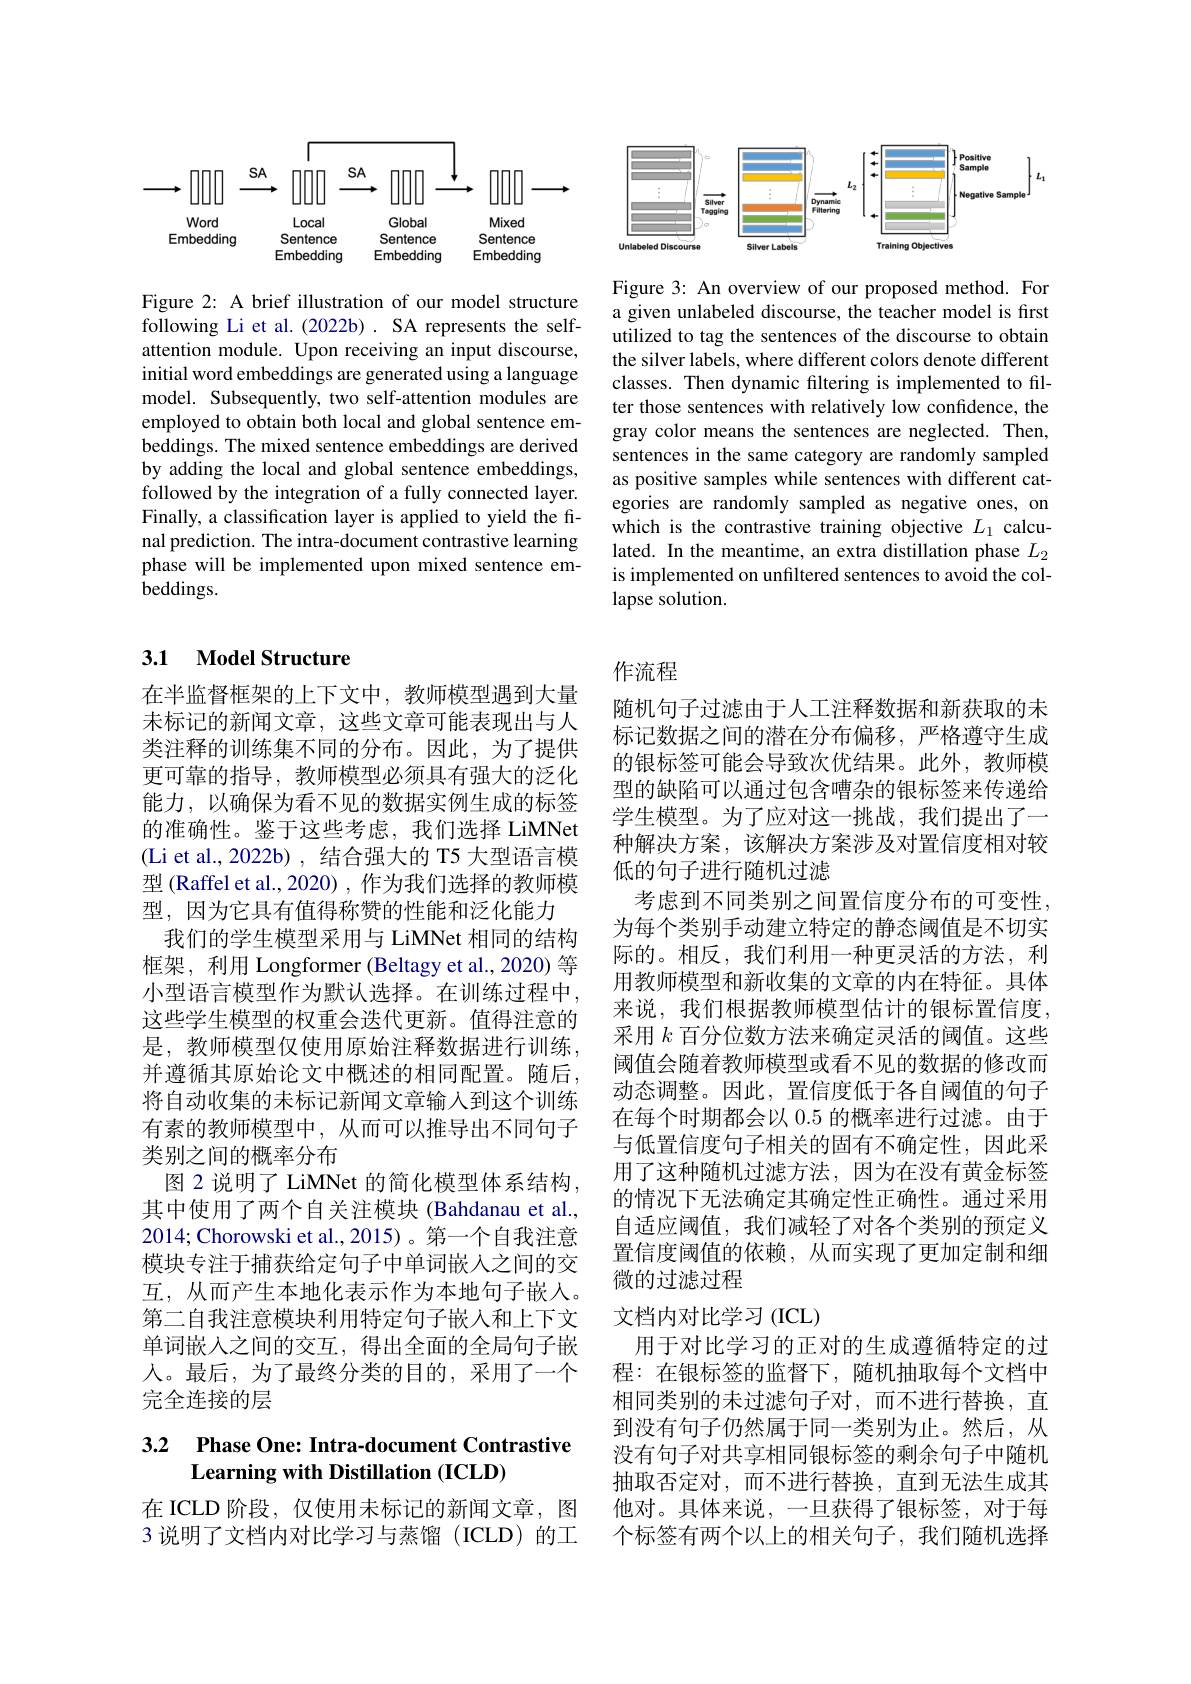
<FigureHere>

Figure 3: An overview of our proposed method. For a given unlabeled discourse, the teacher model is first utilized to tag the sentences of the discourse to obtain the silver labels, where different colors denote different classes. Then dynamic filtering is implemented to filter those sentences with relatively low confidence, the gray color means the sentences are neglected. Then, sentences in the same category are randomly sampled as positive samples while sentences with different categories are randomly sampled as negative ones, on which is the contrastive training objective $L_1$ calculated. In the meantime, an extra distillation phase $L_2$ is implemented on unfiltered sentences to avoid the collapse solution

<FigureHere>

Figure 2: A brief illustration of our model structure following Li et al.(2022b). SA represents the selfattention module. Upon receiving an input discourse, initial word embeddings are generated using a language model. Subsequently, two self-attention modules are employed to obtain both local and global sentence embeddings. The mixed sentence embeddings are derived by adding the local and global sentence embeddings, followed by the integration of a fully connected layer. Finally, a classification layer is applied to yield the final prediction. The intra-document contrastive learning phase will be implemented upon mixed sentence em- ${\hat{b}}$eddings.

### 3.1 Model Structure

在半监督框架的上下文中，教师模型遇到大量未标记的新闻文章，这些文章可能表现出与人类注释的训练集不同的分布。因此，为了提供更可靠的指导，教师模型必须具有强大的泛化能力，以确保为看不见的数据实例生成的标签的准确性。鉴于这些考虑，我们选择 LiMNet (Li et al.,2022b) , 结合强大的 T5 大型语言模型 (Raffel et al., 2020) , 作为我们选择的教师模型，因为它具有值得称赞的性能和泛化能力
我们的学生模型采用与 LiMNet 相同的结构框架，利用 Longformer (Beltagy et al.,2020) 等小型语言模型作为默认选择。在训练过程中， 这些学生模型的权重会迭代更新。值得注意的是，教师模型仅使用原始注释数据进行训练， 并遵循其原始论文中概述的相同配置。随后， 将自动收集的未标记新闻文章输人到这个训练有素的教师模型中，从而可以推导出不同句子类别之间的概率分布
图 2 说明了 LiMNet 的简化模型体系结构， 其中使用了两个自关注模块 (Bahdanau et al., 2014;Chorowski et al.,2015)。第一个自我注意模块专注于捕获给定句子中单词嵌人之间的交互，从而产生本地化表示作为本地句子嵌人。第二自我注意模块利用特定句子嵌入和上下文单词嵌入之间的交互，得出全面的全局句子嵌人。最后，为了最终分类的目的，采用了一个完全连接的层

## 3.2 Phase One: Intra-document Contrastive Learning with Distillation (ICLD)

在 ICLD 阶段，仅使用未标记的新闻文章，图3 说明了文档内对比学习与蒸馏(ICLD)的工

# 作流程

随机句子过滤由于人工注释数据和新获取的未标记数据之间的潜在分布偏移，严格遵守生成的银标签可能会导致次优结果。此外，教师模型的缺陷可以通过包含嘈杂的银标签来传递给学生模型。为了应对这一挑战，我们提出了一种解决方案，该解决方案涉及对置信度相对较低的句子进行随机过滤
考虑到不同类别之间置信度分布的可变性， 为每个类别手动建立特定的静态阈值是不切实际的。相反，我们利用一种更灵活的方法，利用教师模型和新收集的文章的内在特征。具体来说，我们根据教师模型估计的银标置信度， 采用$k$百分位数方法来确定灵活的阈值。这些阈值会随着教师模型或看不见的数据的修改而动态调整。因此，置信度低于各自阈值的句子在每个时期都会以 0.5 的概率进行过滤。由于与低置信度句子相关的固有不确定性，因此采用了这种随机过滤方法，因为在没有黄金标签的情况下无法确定其确定性正确性。通过采用自适应阈值，我们减轻了对各个类别的预定义置信度阈值的依赖，从而实现了更加定制和细微的过滤过程
文档内对比学习(ICL)
用于对比学习的正对的生成遵循特定的过程：在银标签的监督下，随机抽取每个文档中相同类别的未过滤句子对，而不进行替换，直到没有句子仍然属于同一类别为止。然后，从没有句子对共享相同银标签的剩余句子中随机抽取否定对，而不进行替换，直到无法生成其他对。具体来说，一旦获得了银标签，对于每个标签有两个以上的相关句子，我们随机选择